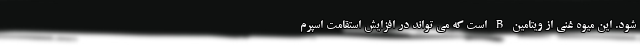
شود. این میوه غنی از ویتامین B است که می تواند در افزایش استقامت اسپرم